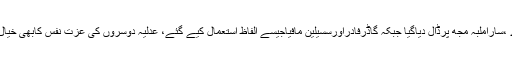
ان کا مزید کہنا تھا کہ عمران خان صادق اورامین ٹھہرے ،ساراملبہ مجھ پرڈال دیاگیا جبکہ گاڈرفادراورسسیلین مافیاجیسے الفاظ استعمال کیے گئے، عدلیہ دوسروں کی عزت نفس کابھی خیال رکھے،عدالت نے وزیراعظم کے منصب کی توہین کی۔